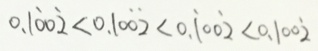
0 . 1 \dot { 0 } 0 \dot { 2 } < 0 . 1 0 \dot { 0 } \dot { 2 } < 0 . \dot { 1 } 0 0 \dot { 2 } < 0 . 1 0 0 \dot { 2 }